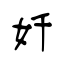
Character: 奷